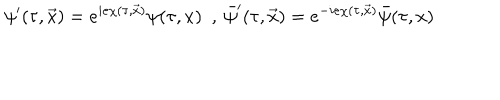
LaTeX: \psi ^ { \prime } ( \tau , \vec { x } ) = e ^ { i e \chi ( \tau , \vec { x } ) } \psi ( \tau , x ) { } ~ ~ , ~ \bar { \psi } ^ { \prime } ( \tau , \vec { x } ) = e ^ { - i e \chi ( \tau , \vec { x } ) } \bar { \psi } ( \tau , x )